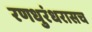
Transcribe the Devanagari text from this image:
रणधुरंधरासच